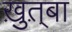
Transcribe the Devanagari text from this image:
ख़ुत़्बा